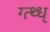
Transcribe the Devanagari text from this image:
ग्त्थ्ध्